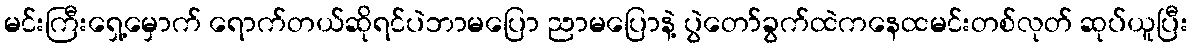
မင်းကြီးရှေ့မှောက် ရောက်တယ်ဆိုရင်ပဲဘာမပြော ညာမပြောနဲ့ ပွဲတော်ခွက်ထဲကနေထမင်းတစ်လုတ် ဆုပ်ယူပြီး